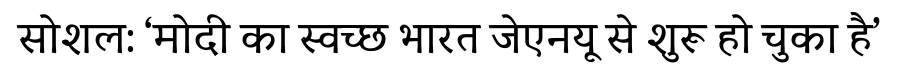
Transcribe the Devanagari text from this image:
सोशल: ‘मोदी का स्वच्छ भारत जेएनयू से शुरू हो चुका है’